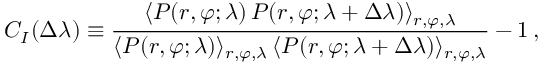
C _ { I } ( \Delta \lambda ) \equiv \frac { \langle P ( r , \varphi ; \lambda ) \, P ( r , \varphi ; \lambda + \Delta \lambda ) \rangle _ { r , \varphi , \lambda } } { \langle P ( r , \varphi ; \lambda ) \rangle _ { r , \varphi , \lambda } \, \langle { P ( r , \varphi ; \lambda + \Delta \lambda ) \rangle _ { r , \varphi , \lambda } } } - 1 \, ,